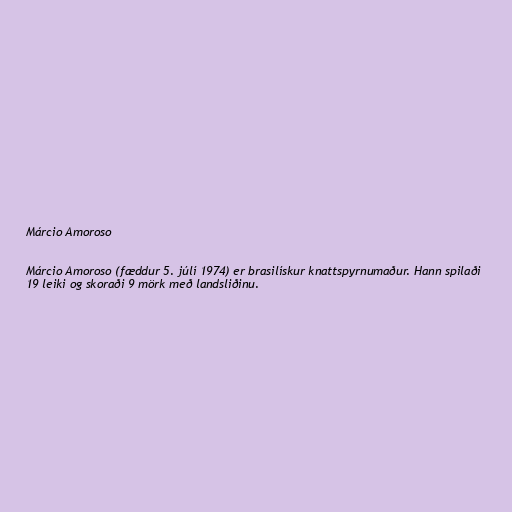
Márcio Amoroso

Márcio Amoroso (fæddur 5. júlí 1974) er brasilískur knattspyrnumaður. Hann spilaði
19 leiki og skoraði 9 mörk með landsliðinu.